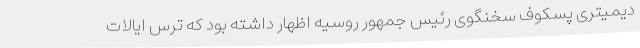
دیمیتری پسکوف سخنگوی رئیس جمهور روسیه اظهار داشته بود که ترس ایالات